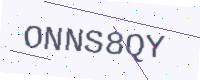
Text: ONNS8QY